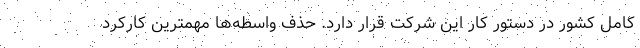
کامل کشور در دستور کار این شرکت قرار دارد. حذف واسطه‌ها مهمترین کارکرد